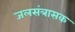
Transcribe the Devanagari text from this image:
जलसंत्रासक